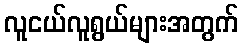
လူငယ်လူရွယ်များအတွက်